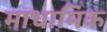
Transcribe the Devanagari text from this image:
माधामिक